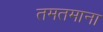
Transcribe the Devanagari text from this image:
तमतमाना